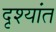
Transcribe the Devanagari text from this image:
दृश्यांत